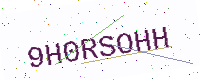
Text: 9H0RSOHH